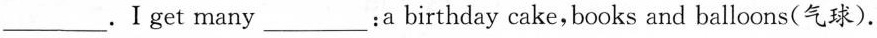
___.Ⅰget many ___ : a birthday cake,books and balloons(气球).